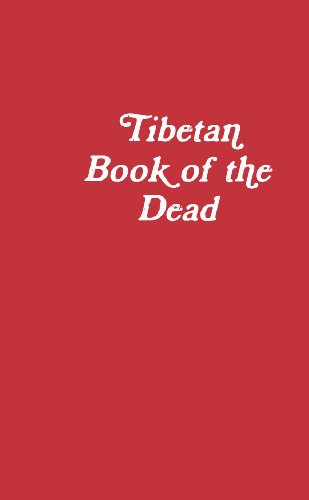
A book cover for Tibetan Book of the Dead; Frank Machovec; Religion & Spirituality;